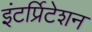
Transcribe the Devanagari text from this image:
इंटर्प्रिटेशन